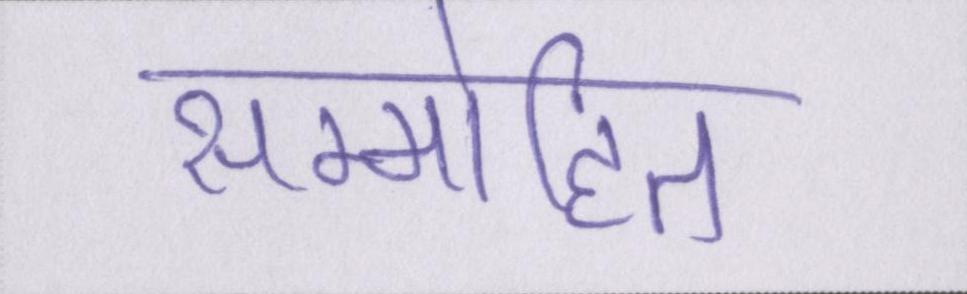
सम्मोहित